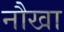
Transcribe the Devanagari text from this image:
नौखा